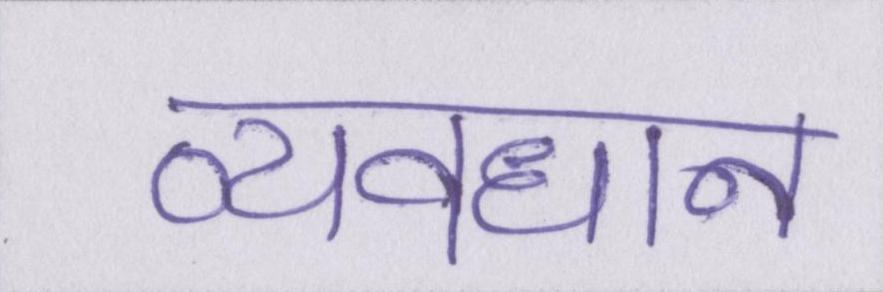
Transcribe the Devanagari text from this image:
व्यवधान